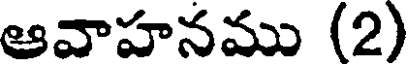
ఆవాహనము (2)